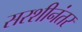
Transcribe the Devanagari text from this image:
सरशीनंतर